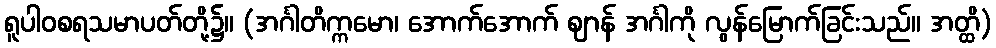
ရူပါဝစရသမာပတ်တို့၌။ (အင်္ဂါတိက္ကမော၊ အောက်အောက် ဈာန် အင်္ဂါကို လွန်မြောက်ခြင်းသည်။ အတ္ထိ)